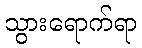
သွားရောက်ရာ